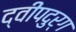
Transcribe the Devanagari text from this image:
द्वीपदुर्ग